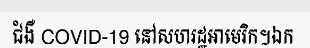
ជំងឺ COVID-19 នៅសហរដ្ឋអាមេរិក។ឯក